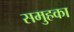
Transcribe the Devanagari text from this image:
समुहका